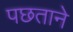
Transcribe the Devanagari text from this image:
पछताने